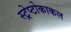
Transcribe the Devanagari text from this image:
स्ट्रेप्टोकाकल